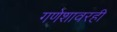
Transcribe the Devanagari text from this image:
गणेशावरही